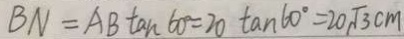
B N = A B \tan 6 0 ^ { \circ } = 2 0 \tan 6 0 ^ { \circ } = 2 0 \sqrt { 3 } c m